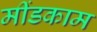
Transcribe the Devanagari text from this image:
मींडकाम